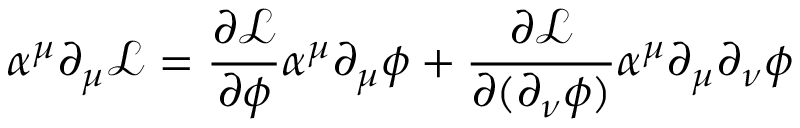
\alpha ^ { \mu } \partial _ { \mu } { \mathcal { L } } = { \frac { \partial { \mathcal { L } } } { \partial \phi } } \alpha ^ { \mu } \partial _ { \mu } \phi + { \frac { \partial { \mathcal { L } } } { \partial ( \partial _ { \nu } \phi ) } } \alpha ^ { \mu } \partial _ { \mu } \partial _ { \nu } \phi